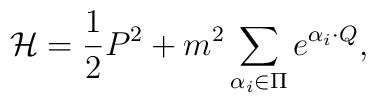
{\cal H}={1\over2}P^2+m^2\sum_{\alpha_i\in\Pi}e^{\alpha_i\cdot Q},